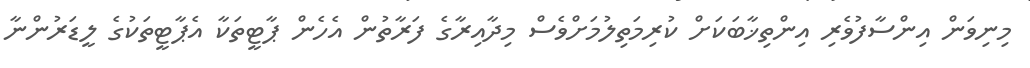
މިނިވަން އިންސާފުވެރި އިންތިޚާބަކަށް ކުރިމަތިލުމަށްވެސް މިދާއިރާގެ ފަރާތުން އެހެން ޕާޓީތަކާ އެޕާޓީތަކުގެ ލީޑަރުންނާ